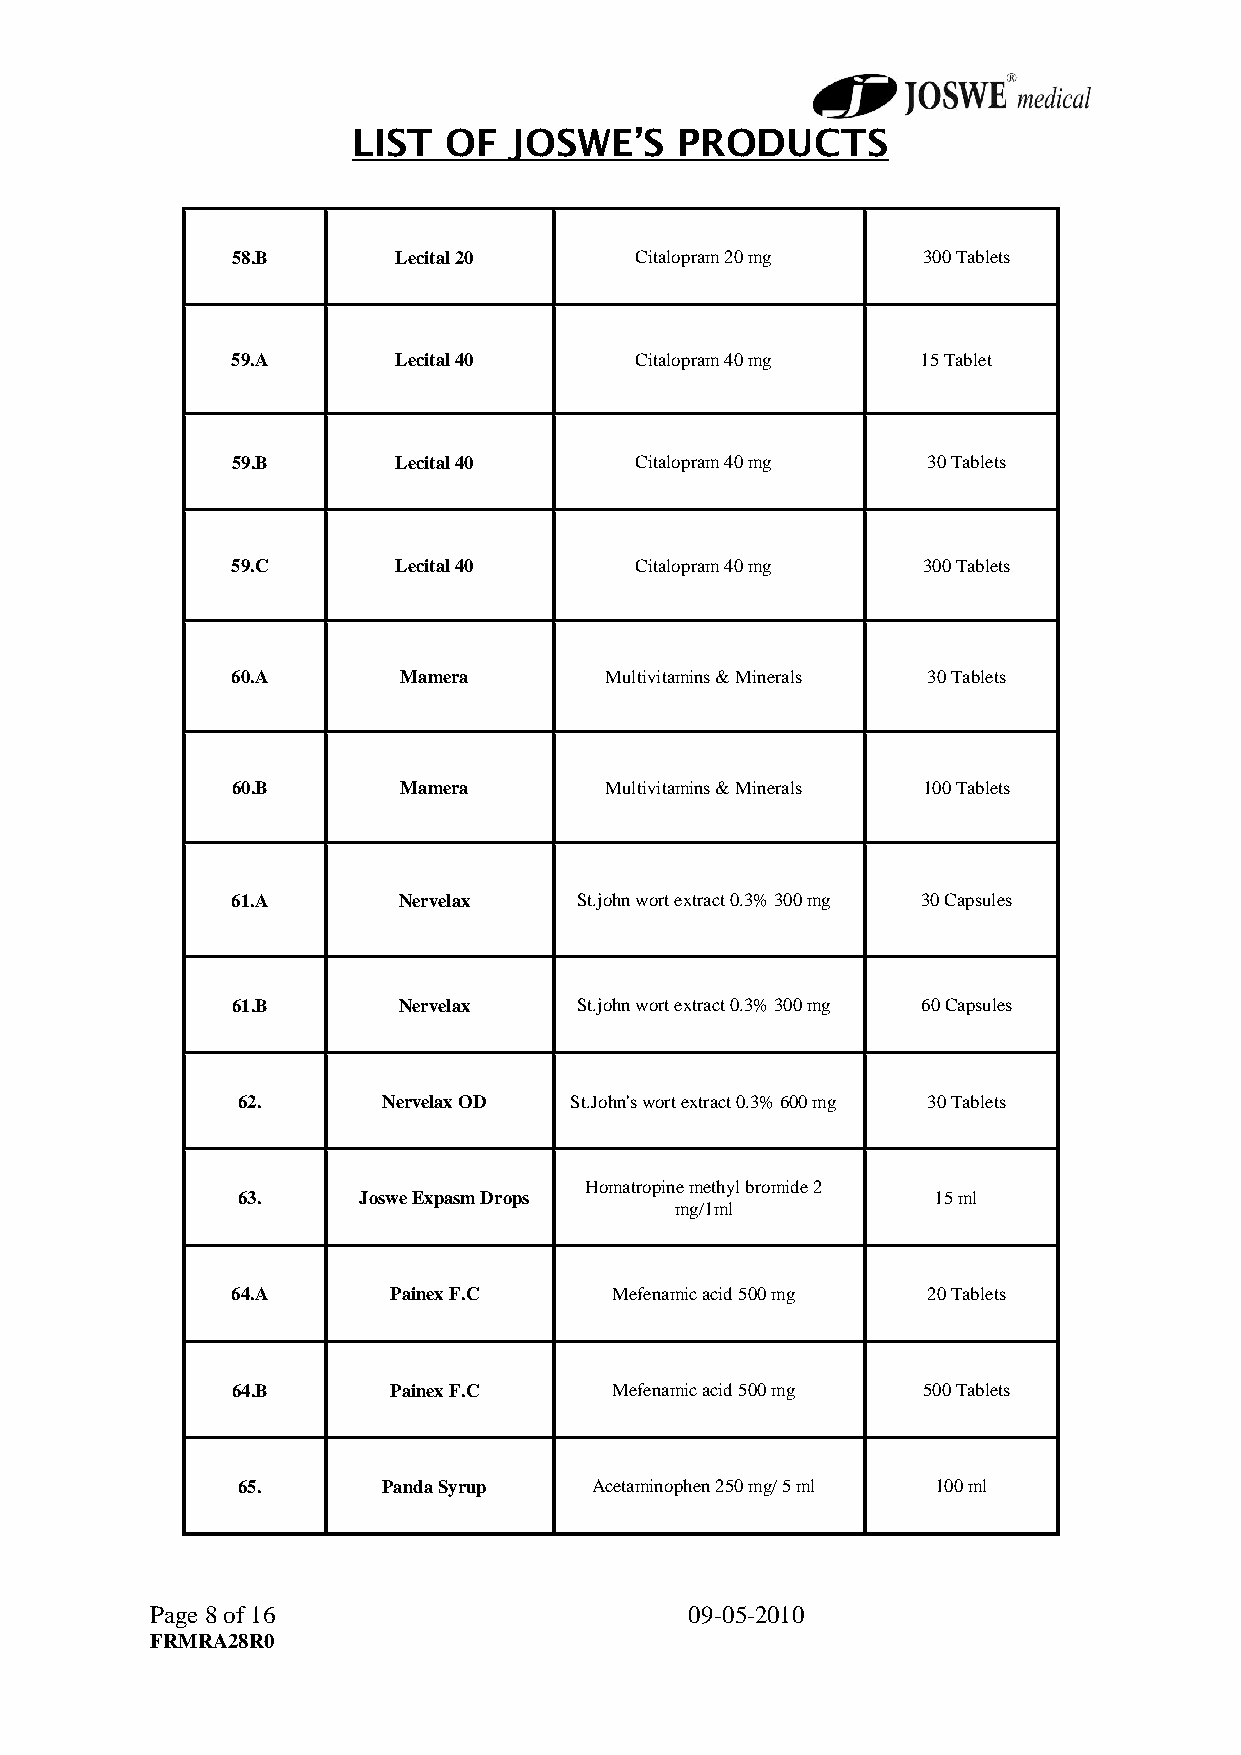
LIST   OF  JOSWE’S    PRODUCTS
 58.B       Lecital 20      Citalopram 20 mg   300 Tablets
 59.A       Lecital 40      Citalopram 40 mg   15 Tablet
 59.B       Lecital 40      Citalopram 40 mg   30 Tablets
 59.C       Lecital 40      Citalopram 40 mg   300 Tablets
 60.A       Mamera        Multivitamins & Minerals 30 Tablets
 60.B       Mamera        Multivitamins & Minerals 100 Tablets
 61.A       Nervelax    St.john wort extract 0.3% 300 mg 30 Capsules
 61.B       Nervelax    St.john wort extract 0.3% 300 mg 60 Capsules
 62.      Nervelax OD  St.John's wort extract 0.3% 600 mg 30 Tablets
 Homatropine methyl bromide 2
 63.     Joswe Expasm Drops                    15 ml
 mg/1ml
 64.A       Painex F.C     Mefenamic acid 500 mg 20 Tablets
 64.B       Painex F.C     Mefenamic acid 500 mg 500 Tablets
 65.      Panda Syrup   Acetaminophen 250 mg/ 5 ml 100 ml
 Page 8 of 16                        09-05-2010
 FRMRA28R0